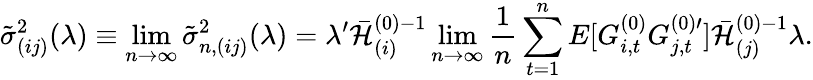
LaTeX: \tilde{\sigma}_{(ij)}^{2}(\lambda)\equiv\operatorname*{lim}_{n\rightarrow\infty}\tilde{\sigma}_{n,(ij)}^{2}(\lambda)=\lambda^{\prime}\mathcal{\bar{H}}_{(i)}^{(0)-1}\operatorname*{lim}_{n\rightarrow\infty}\frac{1}{n}\sum_{t=1}^{n}E[G_{i,t}^{(0)}G_{j,t}^{(0)\prime}]\mathcal{\bar{H}}_{(j)}^{(0)-1}\lambda.